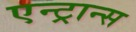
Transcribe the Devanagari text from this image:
एन्ट्रान्स